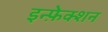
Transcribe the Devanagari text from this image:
इन्फ़ेक्शन